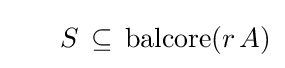
\;\;\;\;\;\;S\,\subseteq \,\operatorname {balcore} (r\,A)